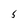
Character: S